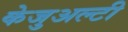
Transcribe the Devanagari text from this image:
केजुअल्टी